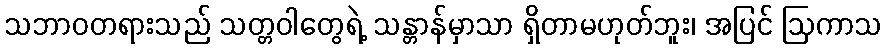
သဘာဝတရားသည် သတ္တဝါတွေရဲ့ သန္တာန်မှာသာ ရှိတာမဟုတ်ဘူး၊ အပြင် ဩကာသ